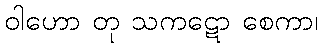
ဝါဟော တု သကဋော စေကာ၊